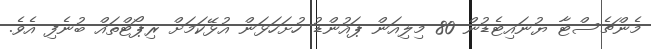
މެންޗެސްޓާ ޔުނައިޓެޑުން 80 މިލިއަން ޕައުންޑު ހުށަހަޅަން އުޅޭކަމަށް ރިޕޯޓްތައް ބުނެފި އެވެ.